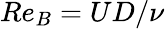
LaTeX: Re_{B}=UD/\nu